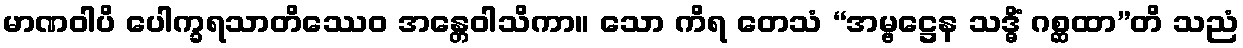
မာဏဝါပိ ပေါက္ခရသာတိဿေဝ အန္တေဝါသိကာ။ သော ကိရ တေသံ “အမ္ဗဋ္ဌေန သဒ္ဓိံ ဂစ္ဆထာ”တိ သညံ